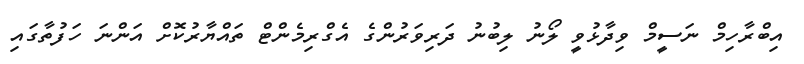
އިބްރާހިމް ނަސީމް ވިދާޅުވީ ލޯނު ލިބުނު ދަރިވަރުންގެ އެގްރިމެންޓް ތައްޔާރުކޮށް އަންނަ ހަފުތާގައި